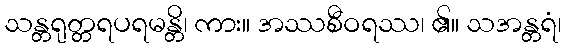
သန္တရုတ္တရပရမန္တိ၊ ကား။ အဿစီဝရဿ၊ ၏။ သအန္တရံ၊